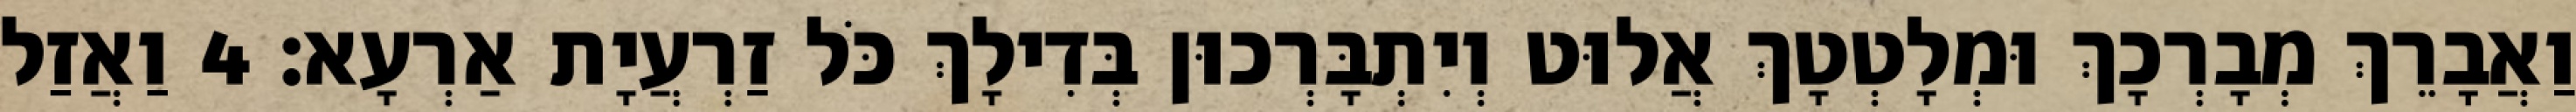
וַאֲבָרֵךְ מְבָרְכָךְ וּמְלָטְטָךְ אֲלוּט וְיִתְבָּרְכוּן בְּדִילָךְ כֹּל זַרְעֲיָת אַרְעָא׃ 4 וַאֲזַל